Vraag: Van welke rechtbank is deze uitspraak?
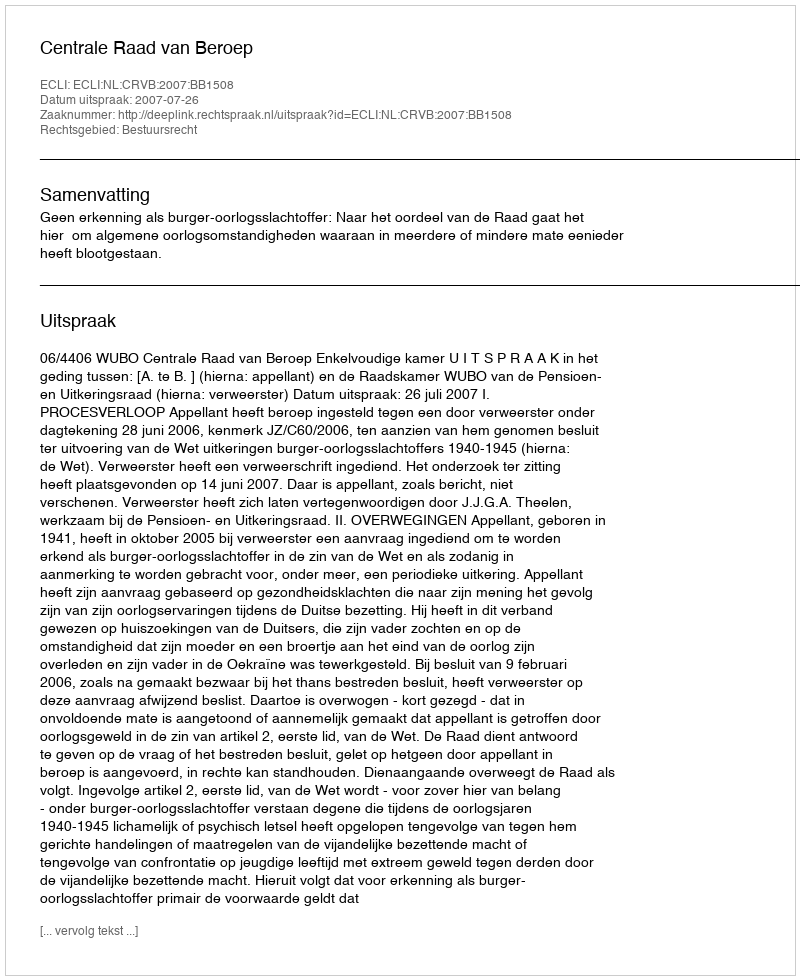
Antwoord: Centrale Raad van Beroep